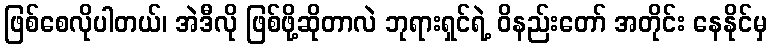
ဖြစ်စေလိုပါတယ်၊ အဲဒီလို ဖြစ်ဖို့ဆိုတာလဲ ဘုရားရှင်ရဲ့ ဝိနည်းတော် အတိုင်း နေနိုင်မှ